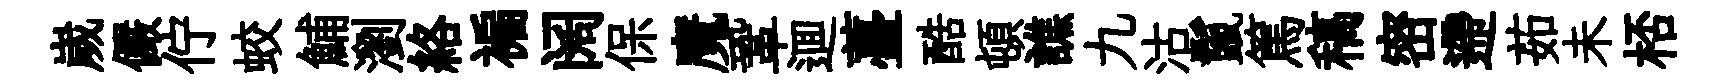
嵗儼佇蛟鯆瀏絡褊阔保魔鞏逥薹酷頓譙九沽鬣篤稿密遰茹未桮